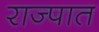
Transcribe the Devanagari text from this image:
राज्पात